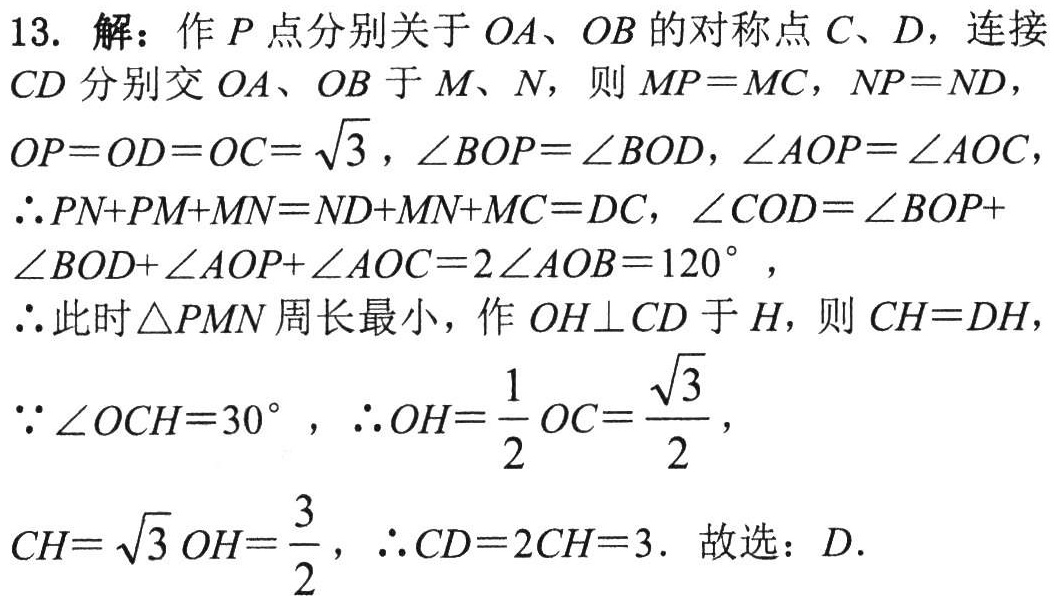
13. 解：作\(P\)点分别关于\(OA\)、\(OB\)的对称点\(C\)、\(D\)，连接
\(CD\)分别交\(OA\)、\(OB\)于\(M\)、\(N\)，则\(MP = MC\)，\(NP = ND\)，
\(OP = OD = OC=\sqrt{3}\)，\(\angle BOP=\angle BOD\)，\(\angle AOP=\angle AOC\)，
\(\therefore PN + PM+MN=ND + MN + MC = DC\)，\(\angle COD=\angle BOP+\)
\(\angle BOD+\angle AOP+\angle AOC = 2\angle AOB = 120^{\circ}\)，
\(\therefore\)此时\(\triangle PMN\)周长最小，作\(OH\perp CD\)于\(H\)，则\(CH = DH\)，
\(\because\angle OCH = 30^{\circ}\)，\(\therefore OH=\frac{1}{2}OC=\frac{\sqrt{3}}{2}\)，
\(CH=\sqrt{3}OH=\frac{3}{2}\)，\(\therefore CD = 2CH = 3\). 故选：\(D\).